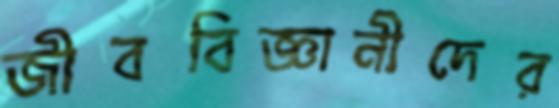
জীববিজ্ঞানীদের